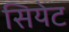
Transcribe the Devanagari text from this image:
सियेट